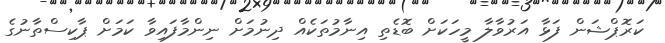
ކަރޮޕްޝަން ފަޅާ އަރުވާލާ މީހަކަށް ބޮޑެތި އިނާމުތަކެއް ދިނުމަށް ނިންމާފައިވާ ކަމަށް ޕާކިސްތާނުގެ